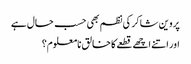
پروین شاکر کی نظم بھی حسب حال ہے
اور اتنے اچھے قطعے کا خالق نامعلوم؟